Burma Government Medical School reports 1907-22
Year: 1907
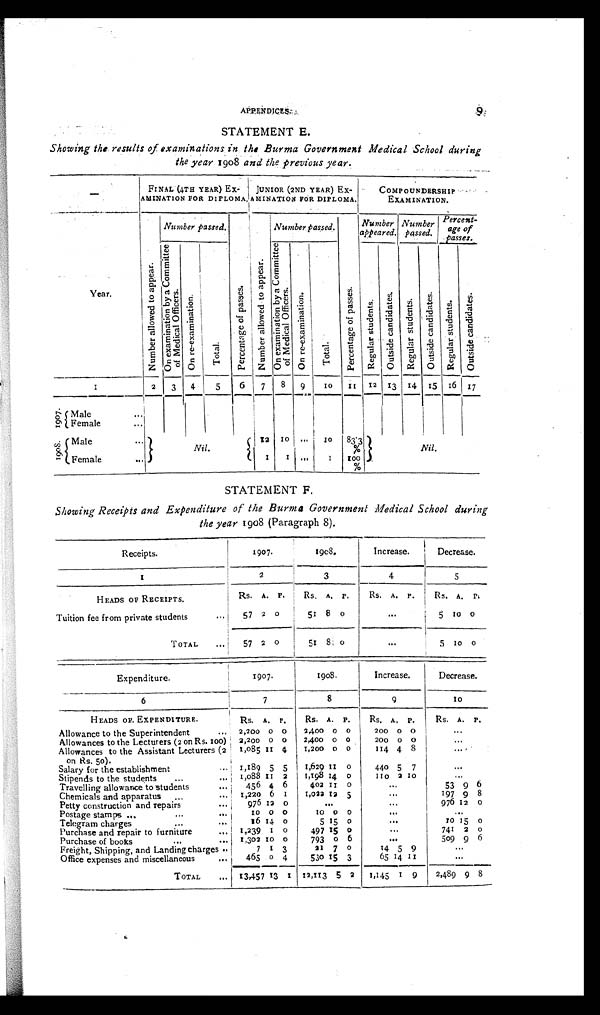
STATEMENT E.
Showing the results of examinations in the Burma Government Medical School during
the year 1908 and the previous year.
FINAL (4TH YEAR) Ex-
AMINATION FOR DIPLOMA.
JUNIOR (2ND YEAR) Ex-
AMINATION FOR DIPLOMA.
COMPOUNDERSHIP
EXAMINATION.
Year.
N u m b e r a l l o w e d t o a p p e a r .
Number passed.
Pe r c e n t a g e o f p a s s e s .
N u m b e r a l l o w e d t o a p p e a r . Number passed.
P e r c e n t a g e o f p a s s e s
Number
appeared.
Number
passed.
P e r c e n t a g e o f
passes.
O n e x a m i n a t i o n b y a C o m m i t t e e o f M e d i c a l O f f i c e r s .
O n r e - e x a m i n a t i o n .
T o t a l .
O n e x a m i n a t i o n b y a C o m m i t t e e o f M e d i c a l O f f i c e r s .
O n r e - e x a m i n a t i o n .
T o t a l .
R e g u l a r s t u d e n t s .
O u t s i d e c a n d i d a t e s .
R e g u l a r s t u d e n t s .
O u r s i d e c a n d i d a t e s .
R e g u l a r s t u d e n t s .
O u t s i d e c a n d i d a t e s .
1
2
3
4
5
6 7 8 9
1 0
11 12 13 14 15 16 17
1 9 0 7 .
Male
...
Female
. . .
1 9 0 8 . Male
. . .
Nil.
12 10
. . .
1 0
83.3
%
Nil.
Female
. . .
1
1
...
1
100%
STATEMENT F.
Showing Receipts and Expenditure of the Burma Government Medical School during
the year 1908 (Paragraph 8).
Receipts.
1907.
1908.
Increase.
Decrease.
1
2
3
4
5
HEADS OF RECEIPTS.
Rs. A. P.
Rs. A. P.
Rs. A. P.
Rs.
A.
P.
Tuition fee from private students ...
57 2
0
51 8 0
. . . 5 10 0
T O T A L . . .
57 2
0
51
8 0
. . .
5
10
0
Expenditure.
1907.
1908.
Increase.
Decrease.
6
7
8
9
1 0
HEADS OF. EXPENDITURE.
Rs. A. P.
Rs. A. P.
Rs. A. P.
Rs. A. P.
Allowance to the Superintendent
. . . 2,200 0 0
2,400 0 0
200
0
0
. . .
2,200 0 0
2,400 0 o
200
o
o
. . .
Allowances to the Lecturers (2 on Rs. 100)
1,085
1 1 4
1,200 0 0
114 4 8
...
Allowances to the Assistant Lecturers (2
on Rs. 50).
1,189 5 5
1,629 1 1 0
440 5 7
. . .
Salary for the establishment
1,088
1 1 2
1,198 14 0
110 2 10
Stipends to the students
...
. . .
456 4 6
402 11 0
...
53 9 6
Travelling allowance to students
. . . 1,220 6 1 1,022 12 5
...
197 9 8
Chemicals and apparatus ...
...
976 12 0
. . .
...
976 12 0
Petty construction and repairs
...
10 0 o
1 0 0 0
..
...
Postage stamps...
...
. . .
16 14 0
5 15 0
...
1 0
15 0
Telegram charges
. . . . . .
1,239 1 0 0
497 15 0
...
741 2 o
Purchase and repair to furniture
. . . 1,302 10 0
793 o 6
...
509 9 6
Purchase of books
...
. . .
7 1 3
21 7 0
14 5 9
. . .
Freight, Shipping, and Landing charges
4 6 5
0
4
530 15 3
65 14 11
. . .
Office expenses and miscellaneous
. . .
TOTAL
... 13,457 1 3 1
1 2 , 1 1 3 5
2
1,145 1 9
2,489
8
APPENDICES.